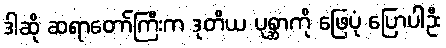
ဒါဆို ဆရာတော်ကြီးက ဒုတိယ ပုစ္ဆာကို ဖြေပုံ ပြောပါဦး